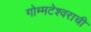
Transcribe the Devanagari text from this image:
गोम्मटेश्वराची